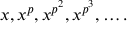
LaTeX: x , x ^ { p } , x ^ { p ^ { 2 } } , x ^ { p ^ { 3 } } , \ldots .